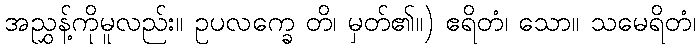
အညွှန့်ကိုမူလည်း။ ဥပလက္ခေ တိ၊ မှတ်၏။) ဧရိတံ၊ သော။ သမေရိတံ၊